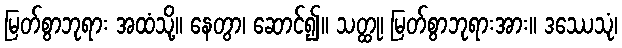
မြတ်စွာဘုရား အထံသို့။ နေတွာ၊ ဆောင်၍။ သတ္ထု၊ မြတ်စွာဘုရားအား။ ဒဿေသုံ၊